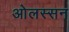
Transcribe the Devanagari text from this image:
ओलस्सन